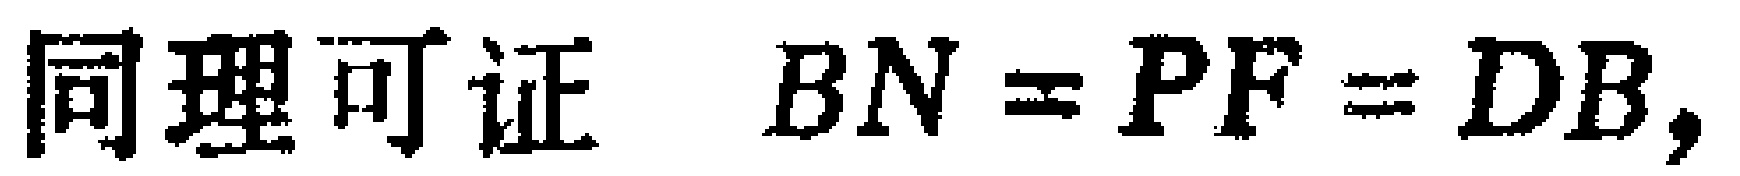
同理可证 \(BN = PF = DB,\)